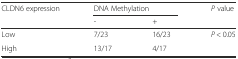
| <ROWSPAN=2> CLDN6 expression | <COLSPAN=2> DNA Methylation | <ROWSPAN=2> P value |
 | - | + |
 | --- | --- | --- | --- |
 | Low | 7/23 | 16/23 | P < 0.05 |
 | High | 13/17 | 4/17 |  |